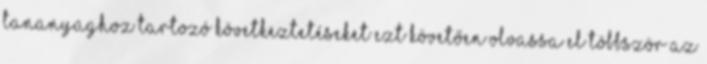
tananyaghoz tartozó következtetéseket Ezt követően olvassa el többször az